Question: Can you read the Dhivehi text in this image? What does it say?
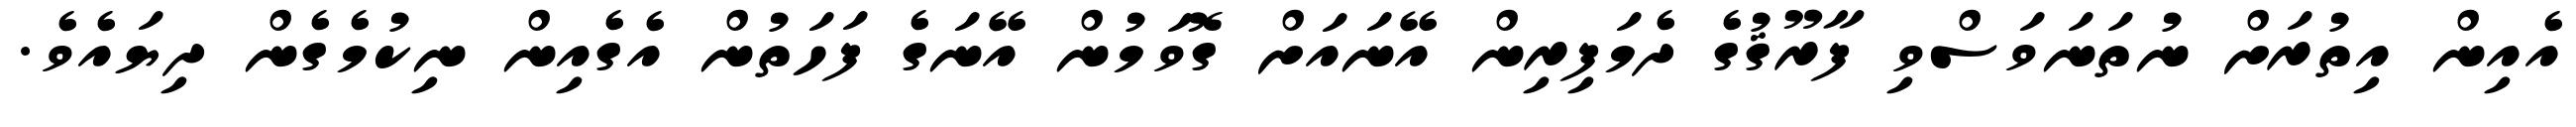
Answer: އެއިން އިތުރަށް ނުތަނަވަސްވި ފާރޫޤުގެ ދެމަފިރިން އޭނައަށް ގޮވަމުން އޭނަގެ ފަހަތުން އެގެއިން ނިކުމެގެން ދިޔައެވެ.